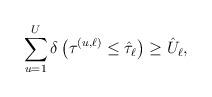
LaTeX: \begin{align*}\sum_{u = 1}^U \delta\left(\tau_{}^{(u,\ell)} \leq \Hat{\tau}_\ell\right) \geq \Hat{U}_\ell, \quad \end{align*}